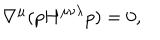
\nabla ^ { \mu } ( p H ^ { \mu \nu \lambda } p ) = 0 ,